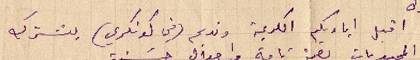
اقبل اياديكم الكريمة ونديم (في كونكري) يشترك